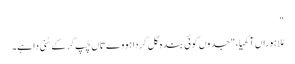
"
مُلا ہوراں آکھیا، "جدوں کوئی بندہ گل کردا ہووے تاں چُپ کر کے سُنی دا ہے۔